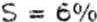
S = 6%